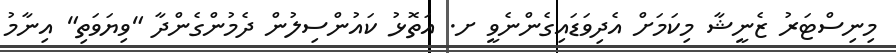
މިިނިސްޓަރު ޒެނީޝާ މިކަމަށް އެދިވަޑައިގެންނެވީ ށ. އަތޮޅު ކައުންސިލުން ދެމުންގެންދާ "ވިޔަވަތި" އިނާމު